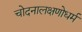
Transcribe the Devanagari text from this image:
चोदनालक्षणोधर्म